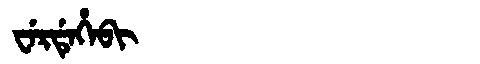
Manchu: ᠸᡝᡵᡩᡝᡥᡝᠪᡳ
Romanization: WERDEHEBI